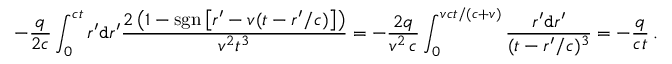
- \frac { q } { 2 c } \int _ { 0 } ^ { c t } r ^ { \prime } \mathtt { d } r ^ { \prime } \frac { 2 \left( 1 - \mathrm { s g n } \left[ r ^ { \prime } - v ( t - r ^ { \prime } / c ) \right] \right) } { v ^ { 2 } t ^ { 3 } } = - \frac { 2 q } { v ^ { 2 } \, c } \int _ { 0 } ^ { v c t / ( c + v ) } \frac { r ^ { \prime } \mathtt { d } r ^ { \prime } } { ( t - r ^ { \prime } / c ) ^ { 3 } } = - \frac { q } { c t } \, .